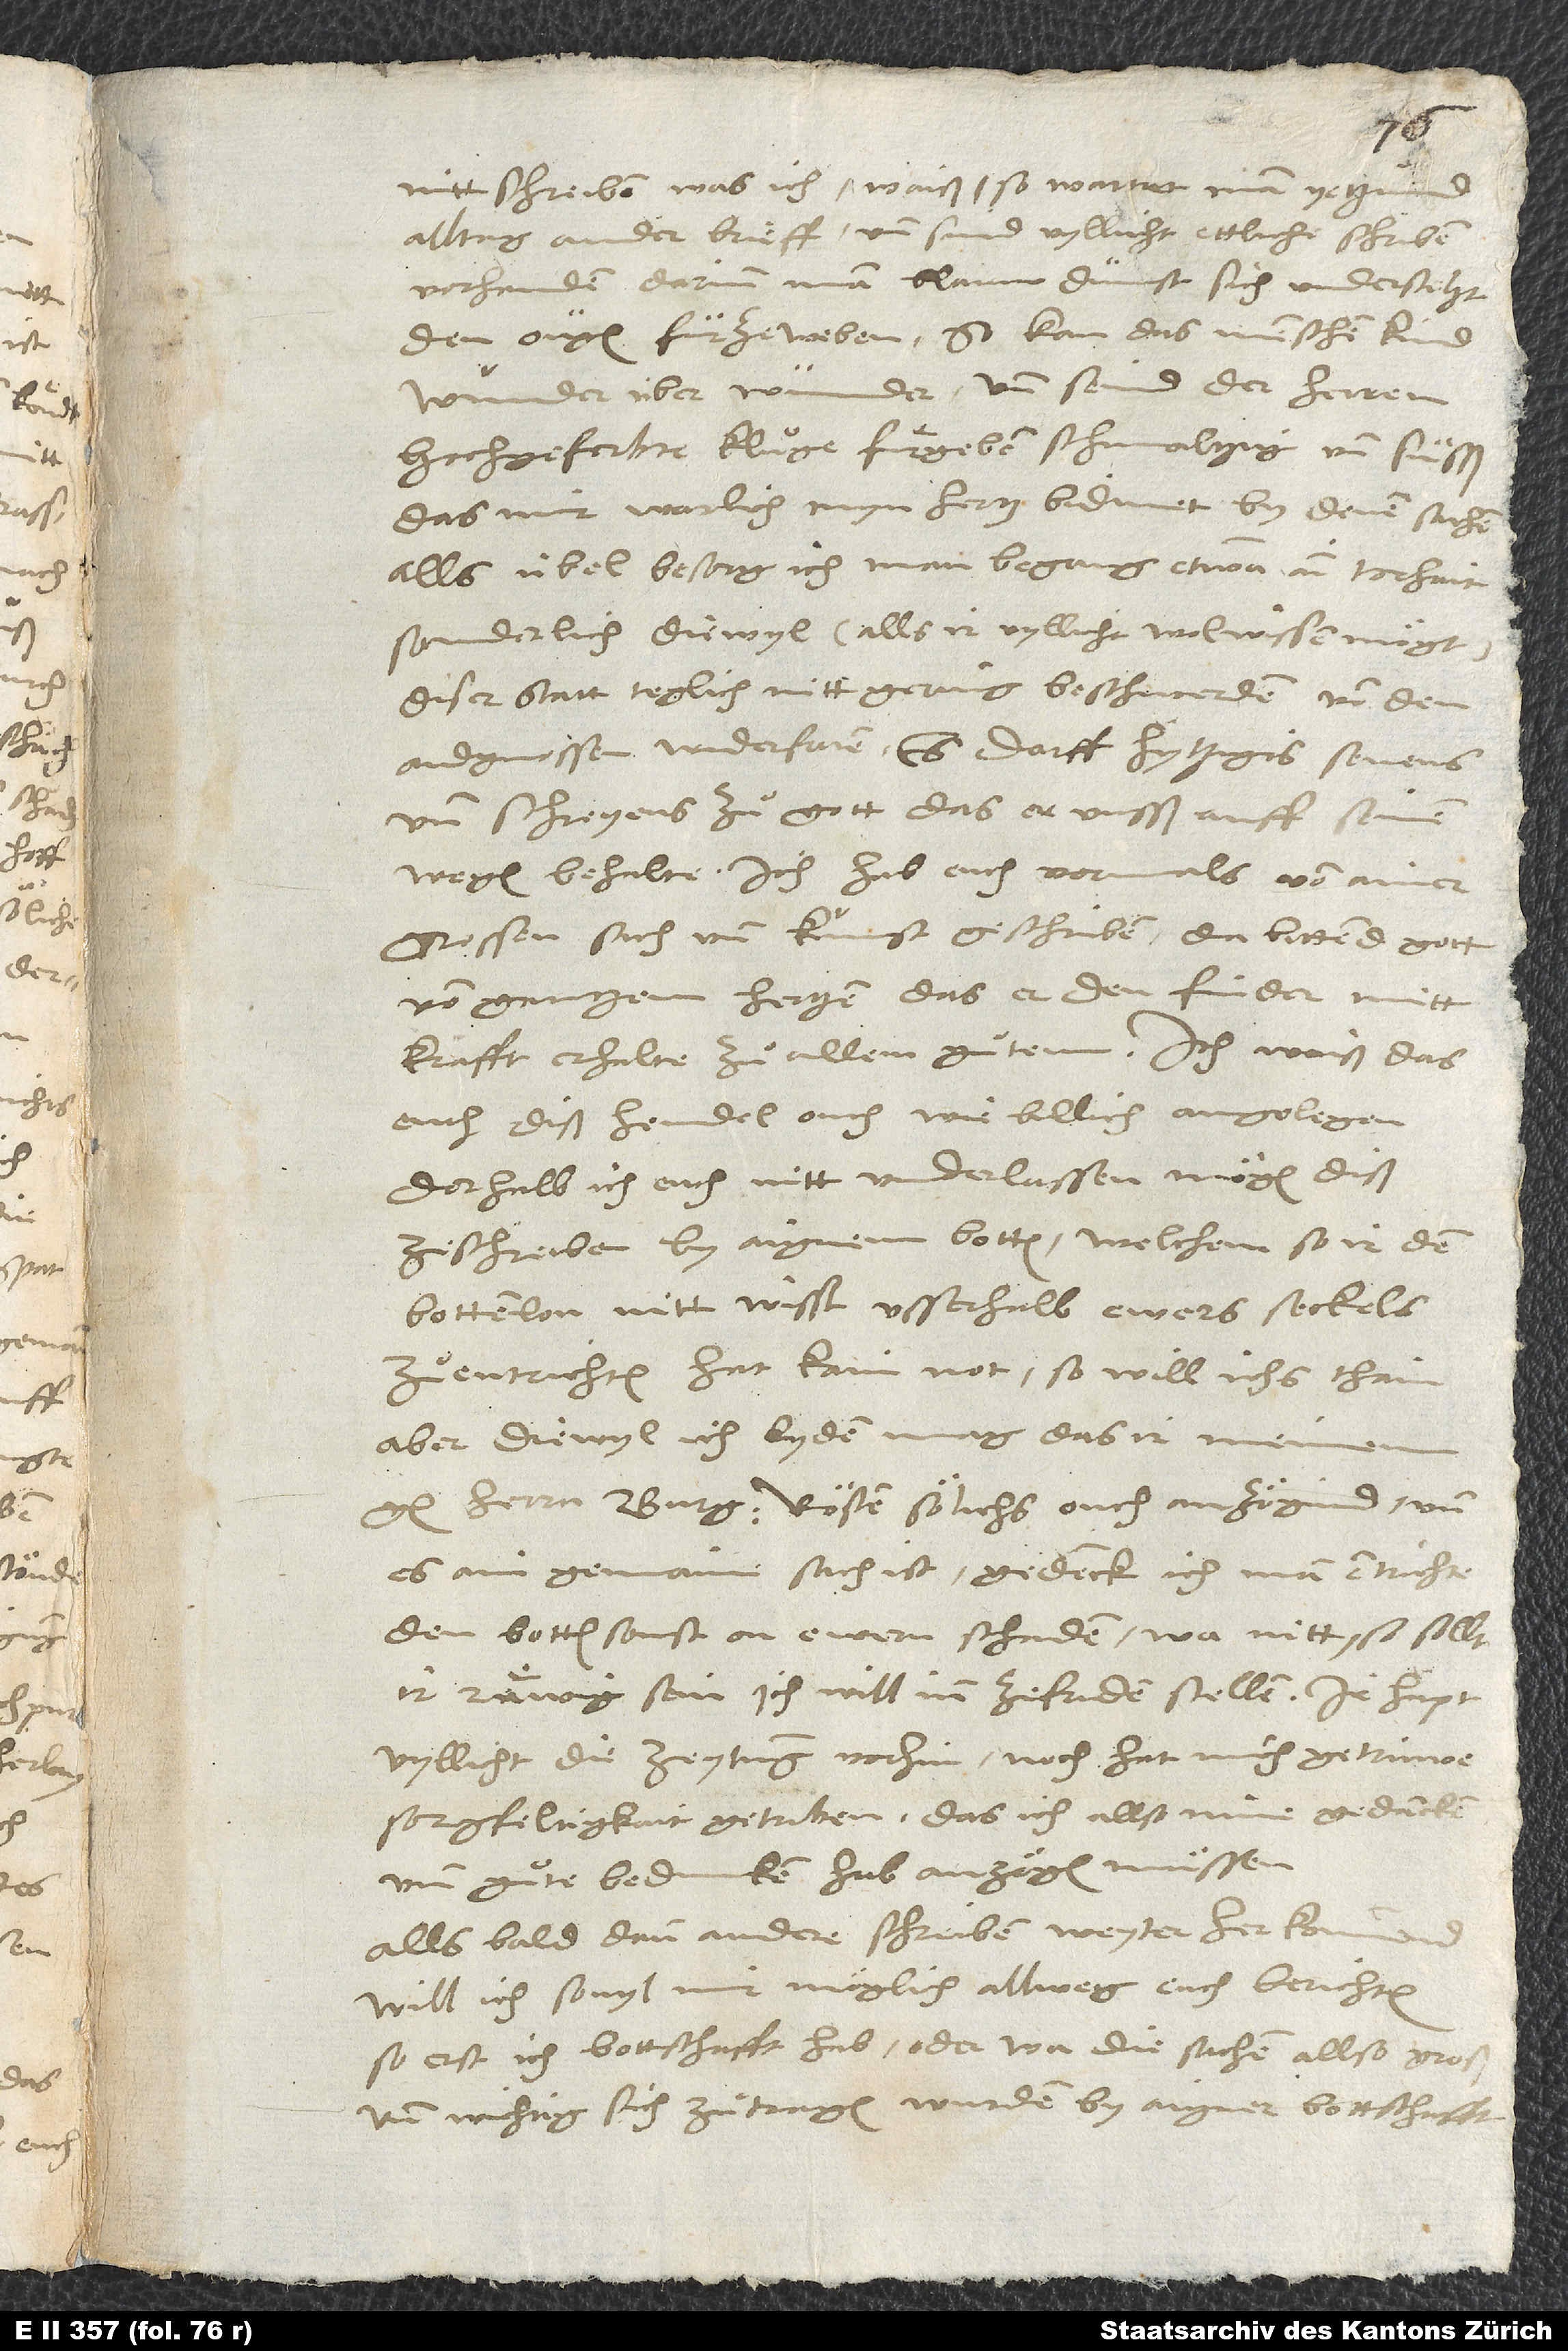
nitt schreiben, was ich waiß; so wartet man yetzund
alltag ander brieff, und sind vyllicht ettliche schriben
vorhanden, darinn man blauw dunst sich understeht
den ougen fürzeweben. So kan das menschenkind
wunder über wunder, und seind der herren
hochgeferbte, kluͦge fürgeben schmaltzig und süsß,
das mir warlich myn hertz bidmet by denen sachen,
alls übel besorg ich, man begang etwan ain torhait,
sonderlich diewyl (alls ir vyllicht wol wissen mögt)
diser statt teglich nitt gering beschwerden von den
aidgnossen widerfaren. Es darff hytzigis senens
und schreyens zuͦ gott, das er unsß auff seinen
grossen sach und kunst geschriben; da bittend gott
von gantzem hertzen, das er den finder mitt
euch diß hendel ouch, wie billich, angelegen,
derhalb ich euch nitt underlassen mögen, diß
zeschreiben by aignem botten, welchem, so ir den
bottenlon nitt wisst usserhalb ewers seckels
zuͦentrichten, hat kain not, so will ichs thain;
aber diewyl ich lyden mag, das ir meinem
g Rösten sölichs ouch anzögind, und
es ain gemain sach ist, gedenck ich, man entrichte
den botten sonst on ewern schaden; wa nitt, so sollt
ir ruͦwig sein, ich will inn zefriden stellen. Ir hapt
vyllicht die zeytung vorhin; noch hat mich getrüwe
sorgfeltigkait getriben, das ich allso mine gedancken
und guͦte beduncken hab anzögen müssen.
Alls bald dann andere schreiben weyter herkommend,
will ich, sovyl mir möglich, allweg euch berichten,
so erst ich bottschafft hab, oder wa die sachen allso groß
und wichtig sich zuͦtragen wurden, by aigner bottschafft.